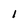
Character: 1